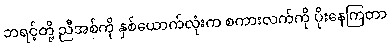
ဘရင့်တို့ ညီအစ်ကို နှစ်ယောက်လုံးက စကားလက်ကို ပိုးနေကြတာ